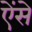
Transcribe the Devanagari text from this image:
ऐंसे